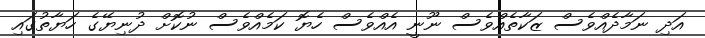
އަދި ނަމާދެއްވެސް ޒަކާތެއްވެސް ނޫނީ އެއްވެސް ހެޔޮ ކަމެއްވެސް ނުކޮށް ދުނިޔޭގެ ހަޔާތުގައި